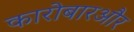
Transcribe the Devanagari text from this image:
कारोबारऔर